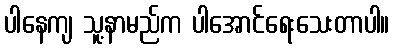
ပါနေကျ သူ့နာမည်က ပါအောင်ရေးသေးတာပါ။